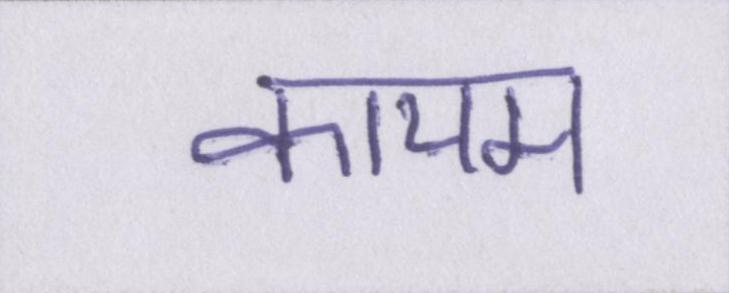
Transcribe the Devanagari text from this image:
कायम